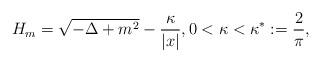
LaTeX: \begin{align*} H_m = \sqrt{-\Delta+m^2} - \frac{\kappa}{|x|}, 0 < \kappa < \kappa^{*} := \frac{2}{\pi},\end{align*}